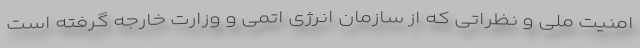
امنیت ملی و نظراتی که از سازمان انرژی اتمی و وزارت خارجه گرفته است